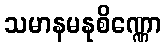
သမာနမနုစိဏ္ဏော